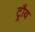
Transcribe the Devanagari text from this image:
ट्रौय